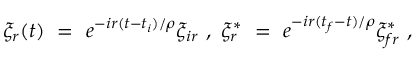
\xi _ { r } ( t ) \ = \ e ^ { - i r ( t - t _ { i } ) / \rho } \xi _ { i r } \ , \ \xi _ { r } ^ { * } \ = \ e ^ { - i r ( t _ { f } - t ) / \rho } \xi _ { f r } ^ { * } \ ,